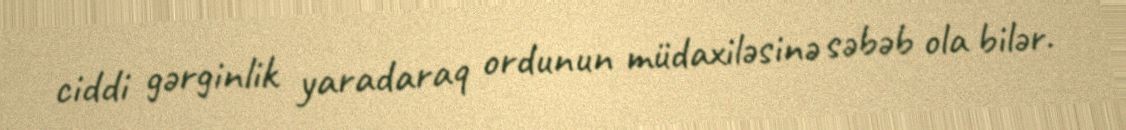
ciddi gərginlik yaradaraq ordunun müdaxiləsinə səbəb ola bilər.